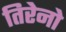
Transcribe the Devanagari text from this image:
तिरेनो